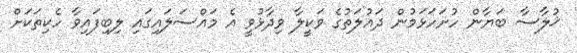
ޚުލާސާ ބަޔާން ހުށަހަޅަމުން ދައުލަތުގެ ވަކީލާ ވިދާޅުވީ އެ މައްސަލައިގައި ލިބިފައިވާ ހެކިތަކަށް